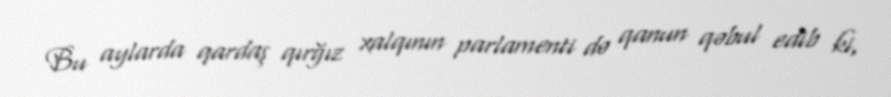
Bu aylarda qardaş qırğız xalqının parlamenti də qanun qəbul edib ki,